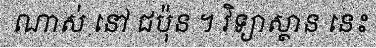
ណាស់ នៅ ជប៉ុន ។ វិទ្យាស្ថាន នេះ